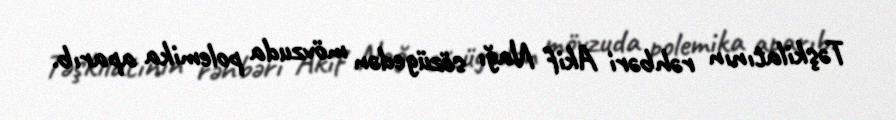
Təşkilatının rəhbəri Akif Nağı sözügedən mövzuda polemika aparıb.